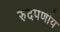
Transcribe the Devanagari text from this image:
रुंदपर्णीय